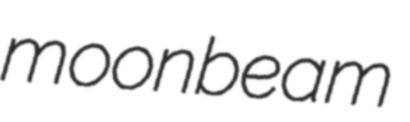
moonbeam